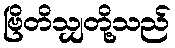
ဗြိတိသျှတို့သည်